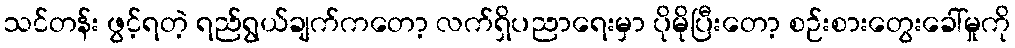
သင်တန်း ဖွင့်ရတဲ့ ရည်ရွယ်ချက်ကတော့ လက်ရှိပညာရေးမှာ ပိုမိုပြီးတော့ စဉ်းစားတွေးခေါ်မှုကို